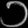
Digit: ၁